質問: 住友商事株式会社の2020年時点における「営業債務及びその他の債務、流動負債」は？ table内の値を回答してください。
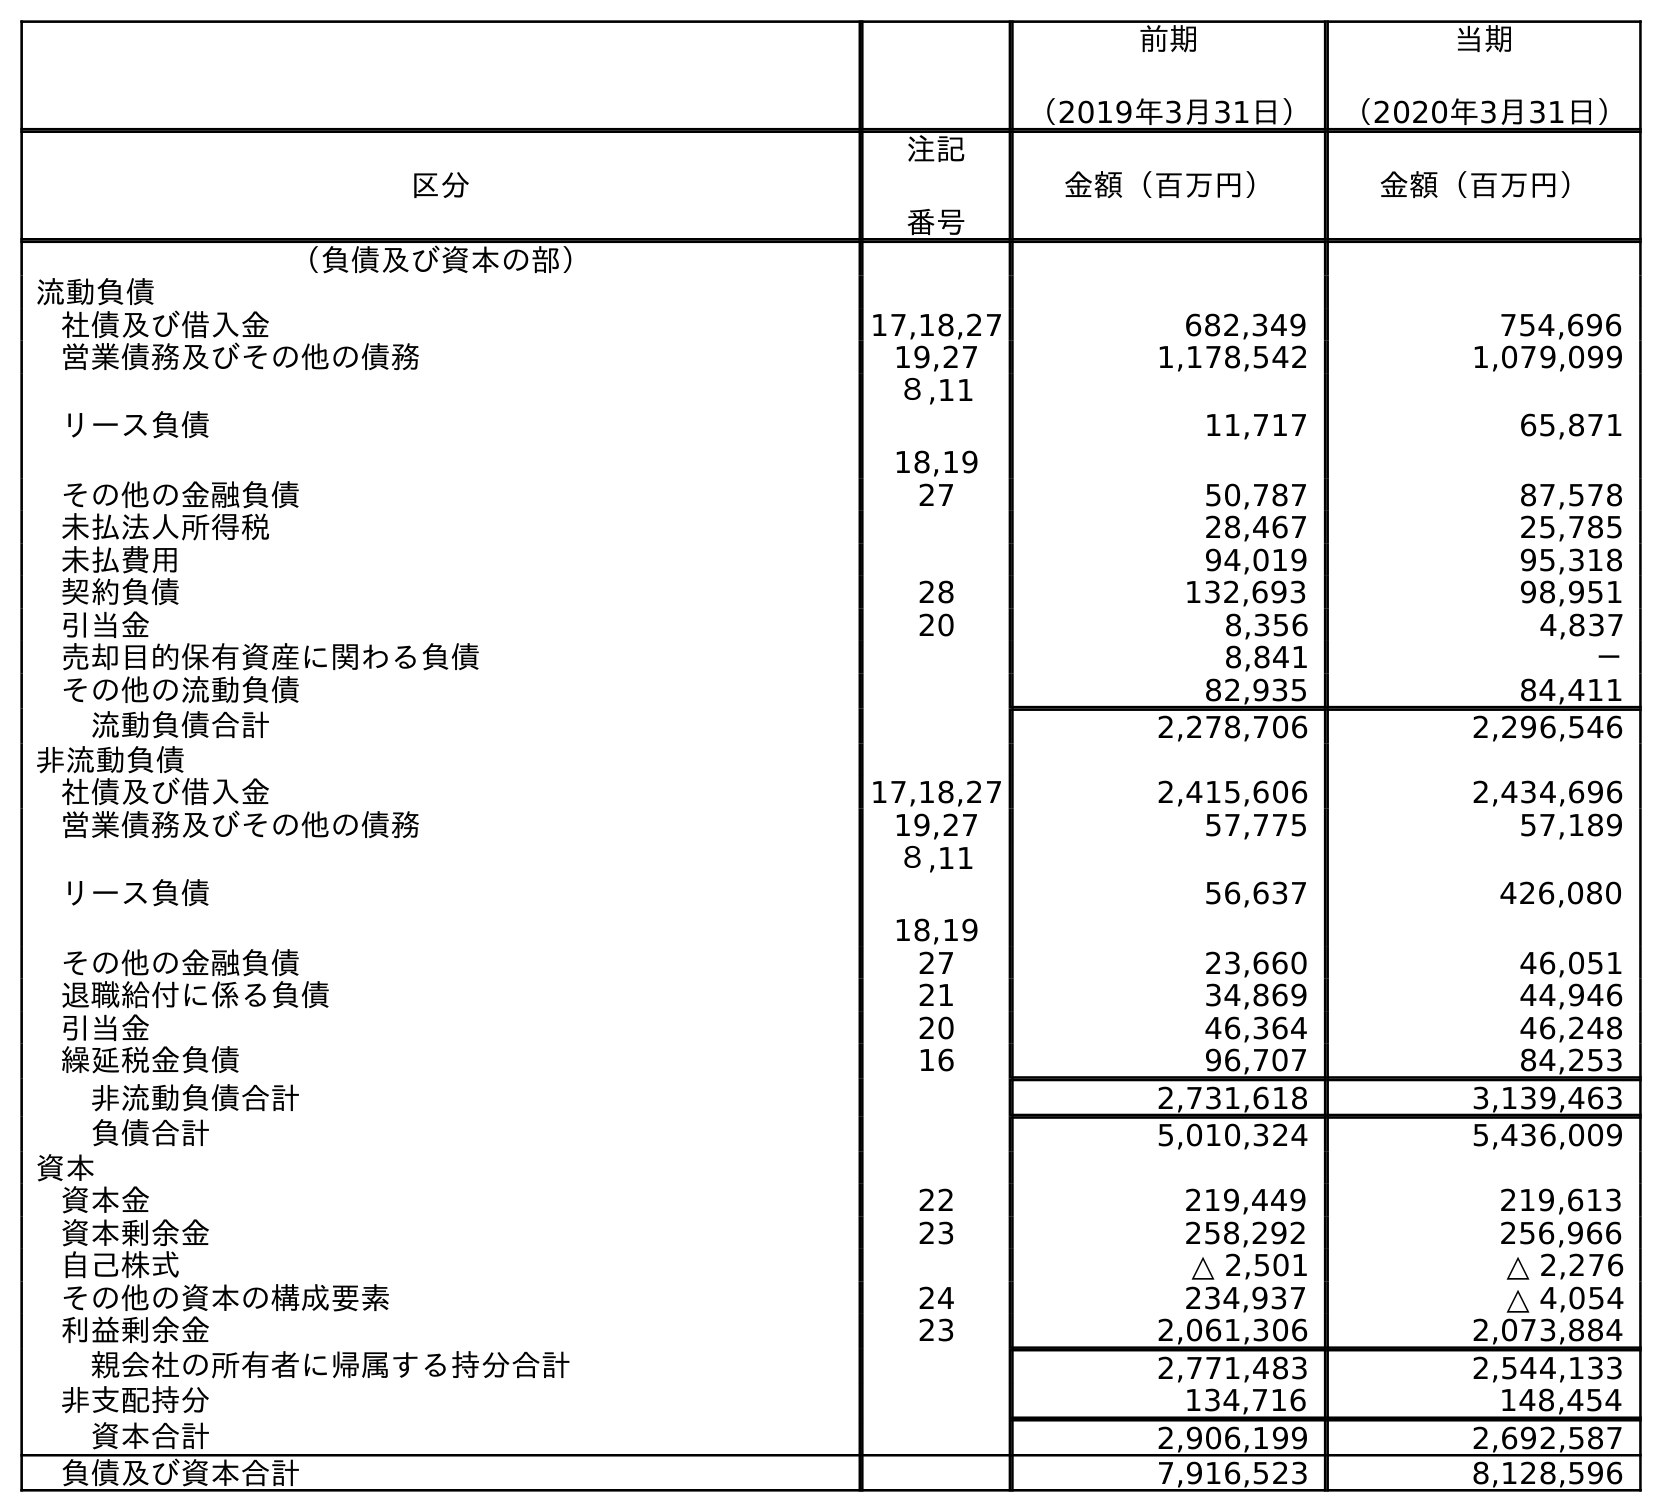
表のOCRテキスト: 前期 （2019年3月31日） 当期 （2020年3月31日） 区分 注記 番号 金額（百万円） 金額（百万円） （負債及び資本の部） 流動負債 社債及び借入金 17,18,27 682,349 754,696 営業債務及びその他の債務 19,27 1,178,542 1,079,099 リース負債 ８,11 18,19 11,717 65,871 その他の金融負債 27 50,787 87,578 未払法人所得税 28,467 25,785 未払費用 94,019 95,318 契約負債 28 132,693 98,951 引当金 20 8,356 4,837 売却目的保有資産に関わる負債 8,841 － その他の流動負債 82,935 84,411 流動負債合計 2,278,706 2,296,546 非流動負債 社債及び借入金 17,18,27 2,415,606 2,434,696 営業債務及びその他の債務 19,27 57,775 57,189 リース負債 ８,11 18,19 56,637 426,080 その他の金融負債 27 23,660 46,051 退職給付に係る負債 21 34,869 44,946 引当金 20 46,364 46,248 繰延税金負債 16 96,707 84,253 非流動負債合計 2,731,618 3,139,463 負債合計 5,010,324 5,436,009 資本 資本金 22 219,449 219,613 資本剰余金 23 258,292 256,966 自己株式 △ 2,501 △ 2,276 その他の資本の構成要素 24 234,937 △ 4,054 利益剰余金 23 2,061,306 2,073,884 親会社の所有者に帰属する持分合計 2,771,483 2,544,133 非支配持分 134,716 148,454 資本合計 2,906,199 2,692,587 負債及び資本合計 7,916,523 8,128,596
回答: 1,079,099